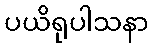
ပယိရုပါသနာ